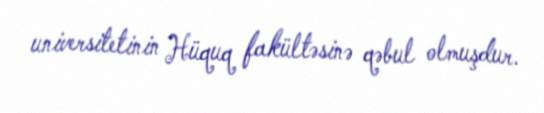
universitetinin Hüquq fakültəsinə qəbul olmuşdur.